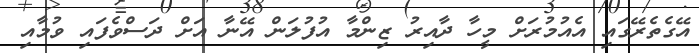
އޭގެތެރޭގައި އެއުމުރަށް މީހާ ދާއިރު ޒިންމާ އުފުލަން އޭނާ އަށް ދަސްވެފައި ވުމާއި